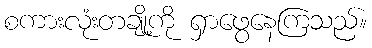
စကားလုံးတချို့ကို ရှာဖွေနေကြသည်။